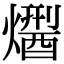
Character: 𤏾